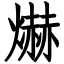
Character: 爀